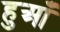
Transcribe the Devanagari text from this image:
हुआँ